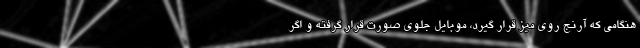
هنگامی که آرنج روی میز قرار گیرد، موبایل جلوی صورت قرار گرفته و اگر